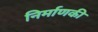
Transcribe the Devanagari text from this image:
निर्माणकी